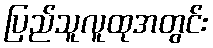
ပြည်သူလူထုအတွင်း